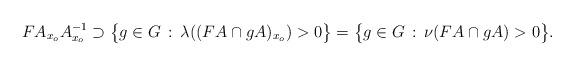
LaTeX: \begin{align*}FA_{x_o}A_{x_o}^{-1} \supset \big\{ g \in G \, : \, \lambda((FA \cap gA)_{x_o}) > 0 \big\} = \big\{ g \in G \,: \, \nu(FA \cap gA) > 0 \big\}.\end{align*}